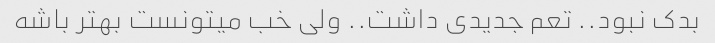
بدک نبود.. تعم جدیدی داشت.. ولی خب میتونست بهتر باشه